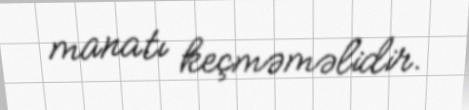
manatı keçməməlidir.